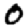
Digit: 0